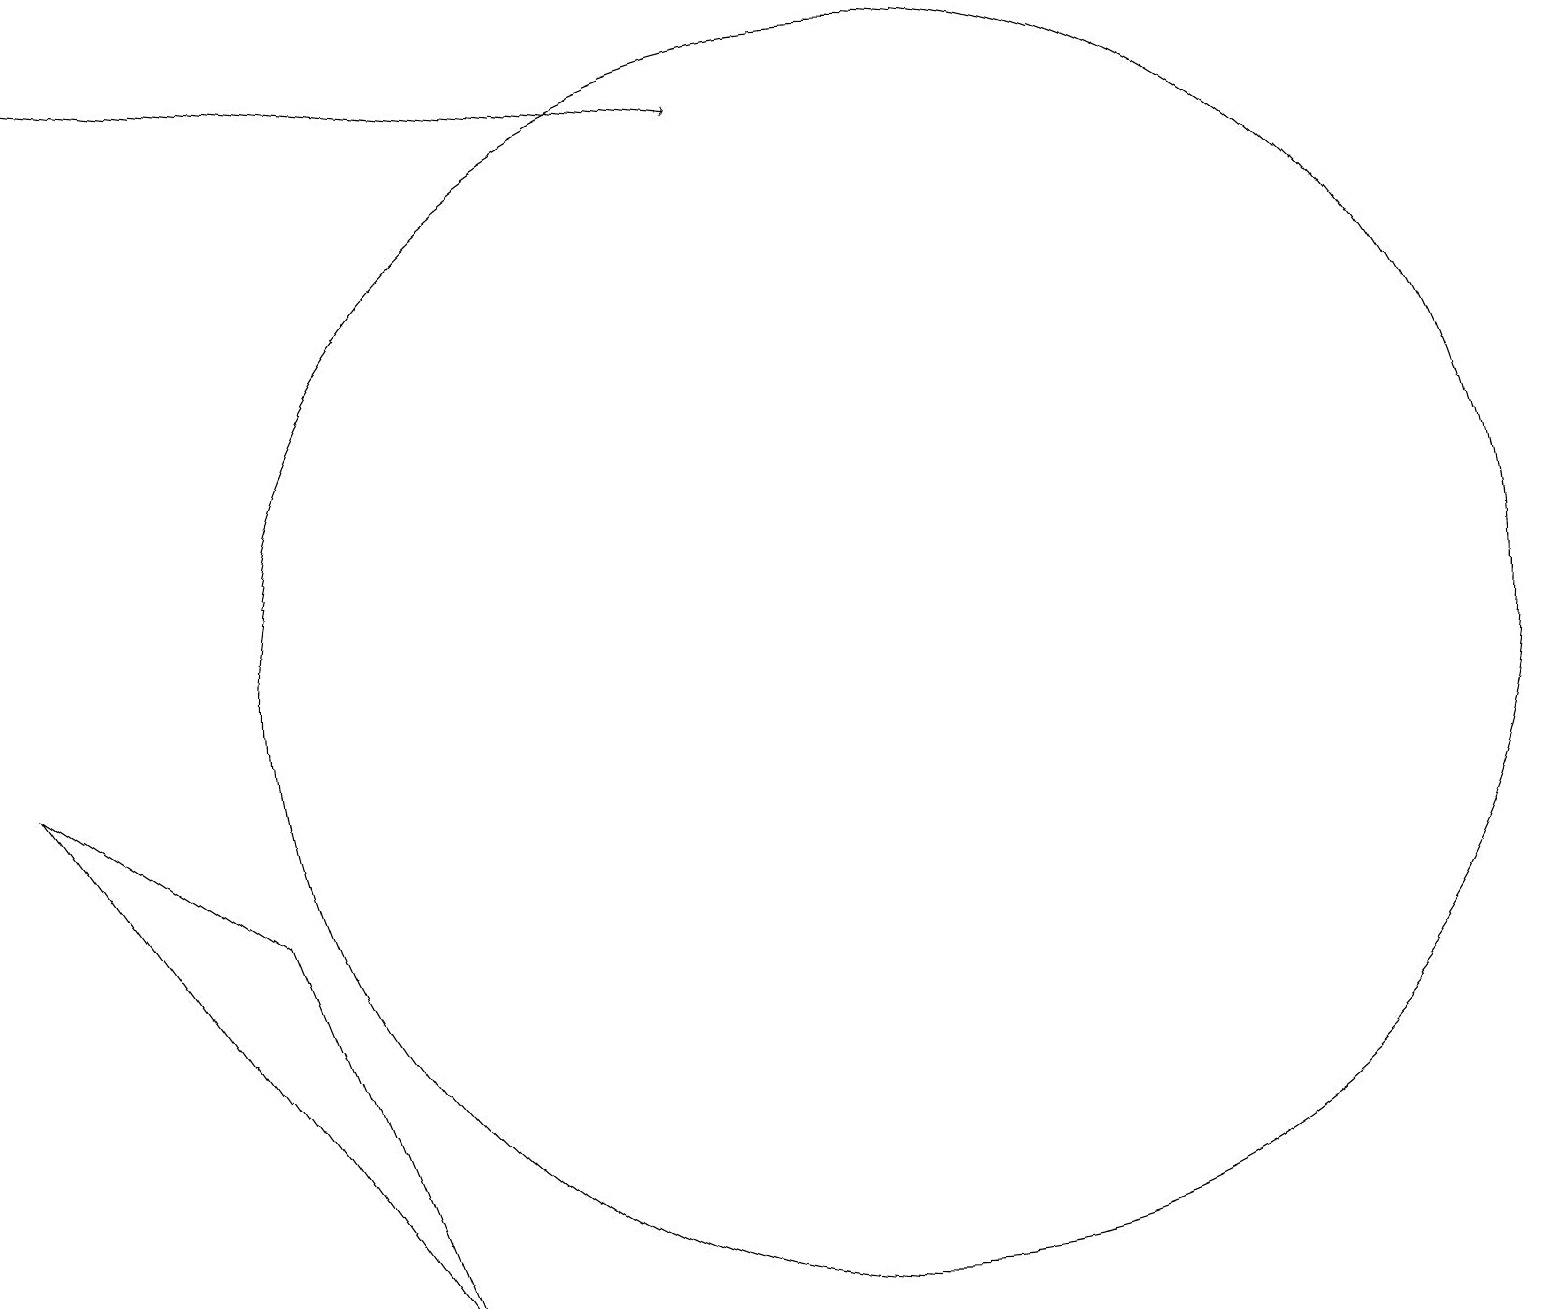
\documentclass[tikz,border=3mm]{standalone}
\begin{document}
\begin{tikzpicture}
\draw (11,10) circle (8);
\draw[->] (0,18) -- (9,17);
\draw (5,2) -- (3,7) -- (0,9) -- cycle;
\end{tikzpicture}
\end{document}